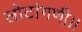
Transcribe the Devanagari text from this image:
लोटांगणी।।